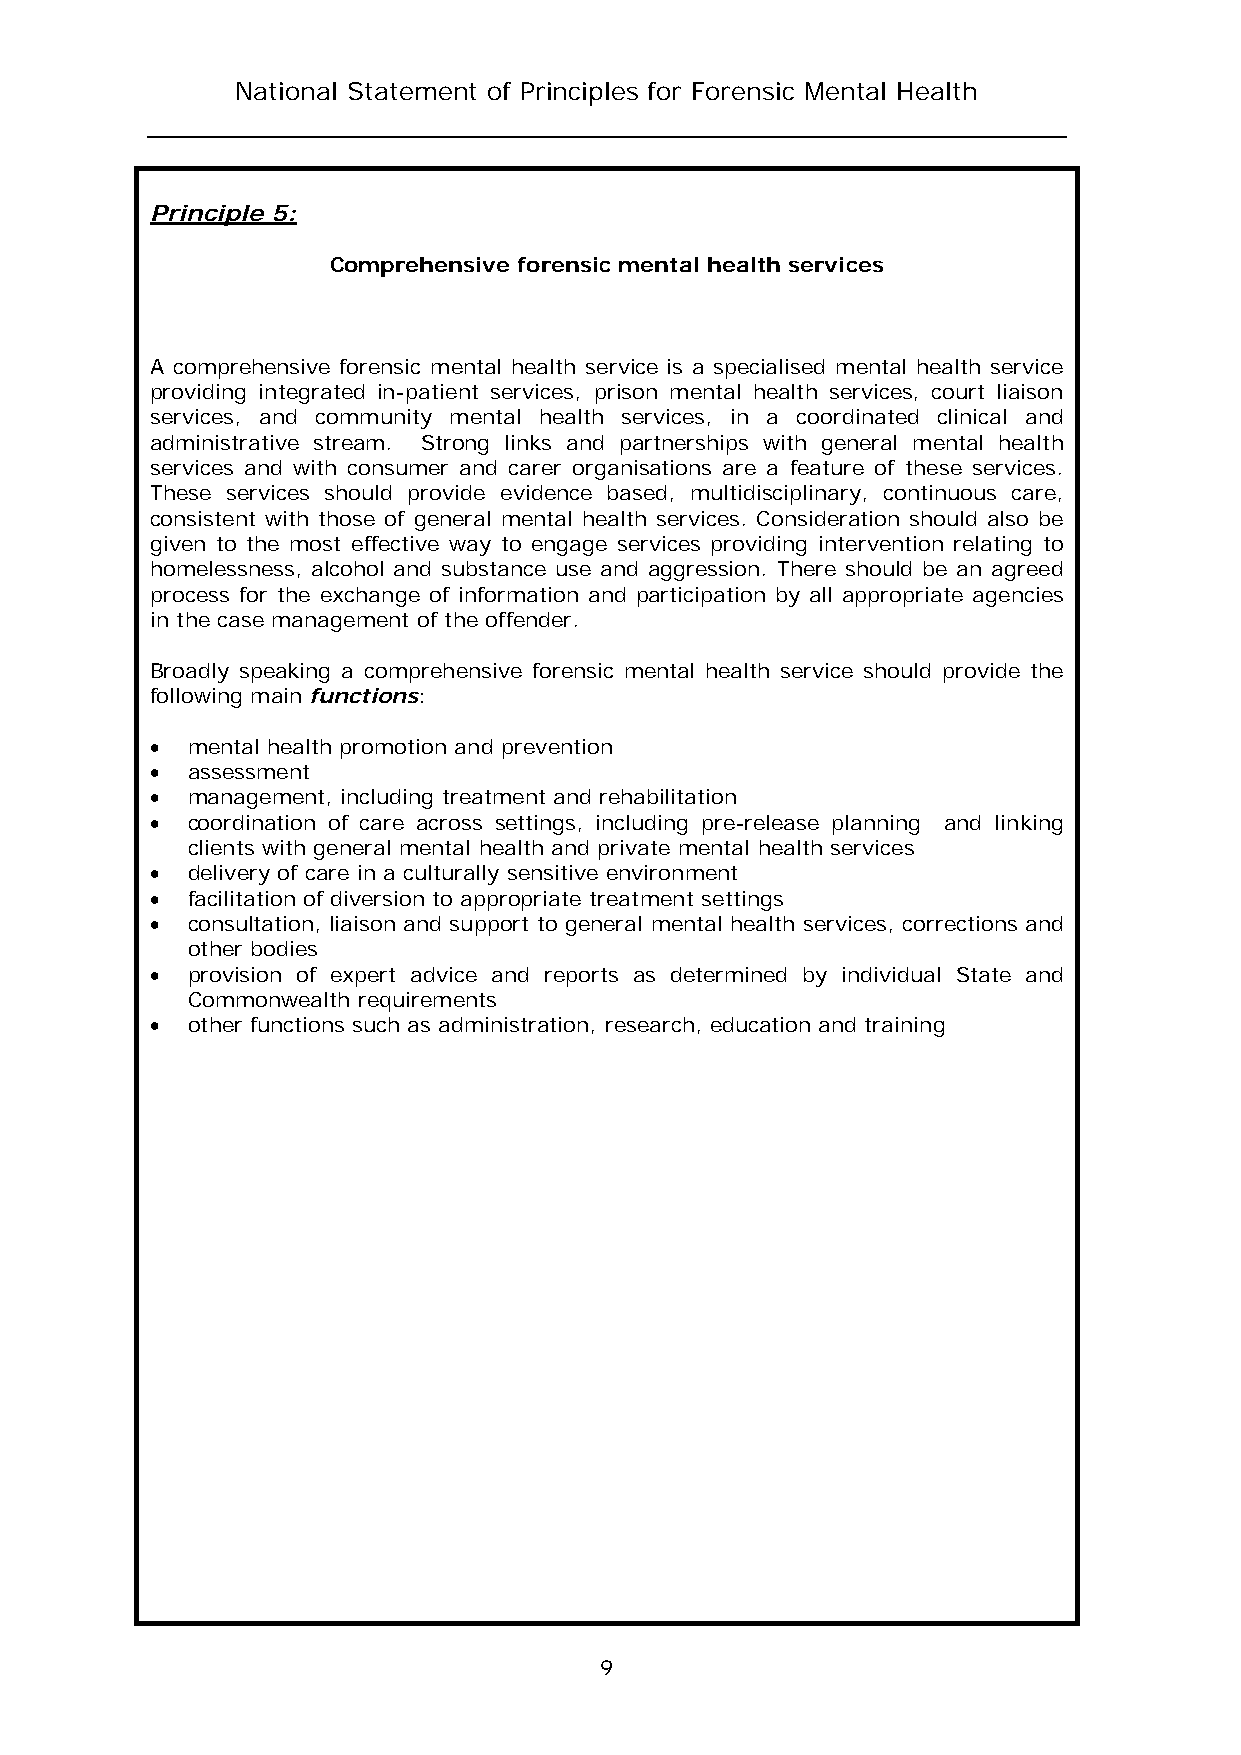
National Statement of Principles for Forensic Mental Health
 Principle 5:
 Comprehensive forensic mental health services
 A comprehensive forensic mental health service is a specialised mental health service
 providing integrated in-patient services, prison mental health services, court liaison
 services, and community mental health services, in a coordinated clinical and
 administrative stream. Strong links and partnerships with general mental health
 services and with consumer and carer organisations are a feature of these services.
 These services should provide evidence based, multidisciplinary, continuous care,
 consistent with those of general mental health services. Consideration should also be
 given to the most effective way to engage services providing intervention relating to
 homelessness, alcohol and substance use and aggression. There should be an agreed
 process for the exchange of information and participation by all appropriate agencies
 in the case management of the offender.
 Broadly speaking a comprehensive forensic mental health service should provide the
 following main functions:
  mental health promotion and prevention
  assessment
  management, including treatment and rehabilitation
  coordination of care across settings, including pre-release planning and linking
 clients with general mental health and private mental health services
  delivery of care in a culturally sensitive environment
  facilitation of diversion to appropriate treatment settings
  consultation, liaison and support to general mental health services, corrections and
 other bodies
  provision of expert advice and reports as determined by individual State and
 Commonwealth requirements
  other functions such as administration, research, education and training
 9